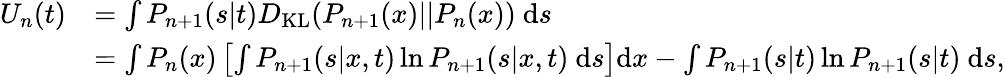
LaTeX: \begin{array}{rl}{U_{n}(t)}&{=\int P_{n+1}(s|t)D_{\mathrm{KL}}(P_{n+1}(x)||P_{n}(x))\ \mathrm{d}s}\\ &{=\int P_{n}(x)\left[\int P_{n+1}(s|x,t)\ln P_{n+1}(s|x,t)\ \mathrm{d}s\right]\mathrm{d}x-\int P_{n+1}(s|t)\ln P_{n+1}(s|t)\ \mathrm{d}s,}\end{array}